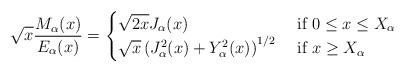
LaTeX: \begin{align*} \displaystyle\sqrt{x}\frac{M_{\alpha}(x)}{E_{\alpha}(x)}=\begin{cases}\sqrt{2x}J_{\alpha}(x)&\mbox{ if } 0\leq x\leq X_{\alpha}\\\sqrt{x}\left(J^2_{\alpha}(x)+Y^2_{\alpha}(x)\right)^{1/2} &\mbox{ if } x\geq X_{\alpha}\end{cases}\end{align*}